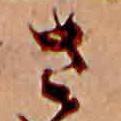
さ